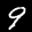
Label: 9